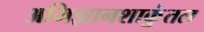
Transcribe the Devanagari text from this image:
अभिज्ञानशाकुंतल